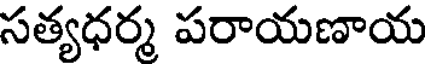
సత్యధర్మ పరాయణాయ